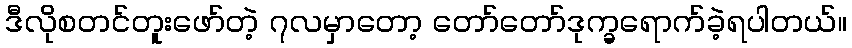
ဒီလိုစတင်တူးဖော်တဲ့ ၇လမှာတော့ တော်တော်ဒုက္ခရောက်ခဲ့ရပါတယ်။